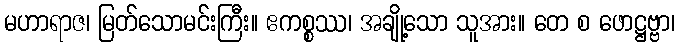
မဟာရာဇ၊ မြတ်သောမင်းကြီး။ ဧကစ္စဿ၊ အချို့သော သူအား။ တေ စ ဖောဋ္ဌဗ္ဗာ၊